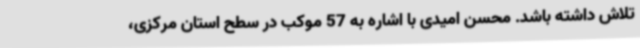
تلاش داشته باشد. محسن امیدی با اشاره به 57 موکب در سطح استان مرکزی،